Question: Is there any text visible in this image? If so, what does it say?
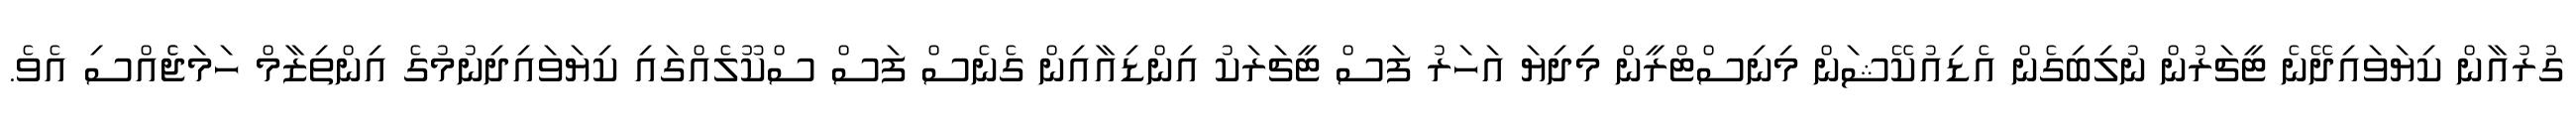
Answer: ގުރުއާން ކިޔަވައިދޭނެ ޓީޗަރުން ނުލިބިގެން އެޑިއުކޭޝަން މިނިސްޓްރީން މިިދިޔަ އަހަރު ފަސް ޓީޗަރަކު އިންޑިއާއިން ގެނެސް ފަސް ސްކޫލެއްގައި ކިޔަވައިދިނުމުގެ އިންތިޒާމް ހަމަޖެެއްސި އެވެ.